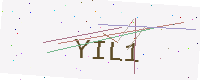
Text: YIL1